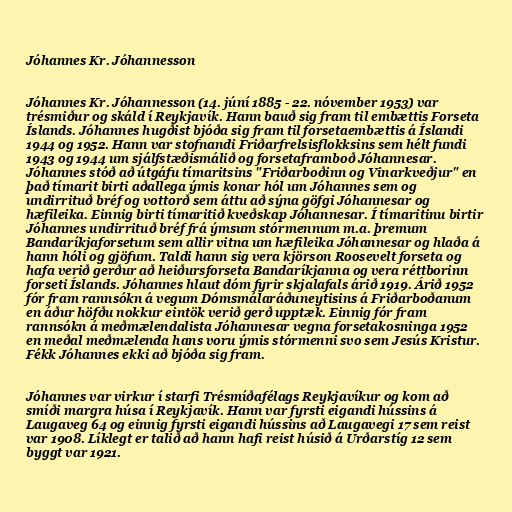
Jóhannes Kr. Jóhannesson

Jóhannes Kr. Jóhannesson (14. júní 1885 - 22. nóvember 1953) var
trésmiður og skáld í Reykjavík. Hann bauð sig fram til embættis Forseta
Íslands. Jóhannes hugðist bjóða sig fram til forsetaembættis á Íslandi
1944 og 1952. Hann var stofnandi Friðarfrelsisflokksins sem hélt fundi
1943 og 1944 um sjálfstæðismálið og forsetaframboð Jóhannesar.
Jóhannes stóð að útgáfu tímaritsins "Friðarboðinn og Vinarkveðjur" en
það tímarit birti aðallega ýmis konar hól um Jóhannes sem og
undirrituð bréf og vottorð sem áttu að sýna göfgi Jóhannesar og
hæfileika. Einnig birti tímaritið kveðskap Jóhannesar. Í tímaritinu birtir
Jóhannes undirrituð bréf frá ýmsum stórmennum m.a. þremum
Bandaríkjaforsetum sem allir vitna um hæfileika Jóhannesar og hlaða á
hann hóli og gjöfum. Taldi hann sig vera kjörson Roosevelt forseta og
hafa verið gerður að heiðursforseta Bandaríkjanna og vera réttborinn
forseti Íslands. Jóhannes hlaut dóm fyrir skjalafals árið 1919. Árið 1952
fór fram rannsókn á vegum Dómsmálaráðuneytisins á Friðarboðanum
en áður höfðu nokkur eintök verið gerð upptæk. Einnig fór fram
rannsókn á meðmælendalista Jóhannesar vegna forsetakosninga 1952
en meðal meðmælenda hans voru ýmis stórmenni svo sem Jesús Kristur.
Fékk Jóhannes ekki að bjóða sig fram.

Jóhannes var virkur í starfi Trésmíðafélags Reykjavíkur og kom að
smíði margra húsa í Reykjavík. Hann var fyrsti eigandi hússins á
Laugaveg 64 og einnig fyrsti eigandi hússins að Laugavegi 17 sem reist
var 1908. Líklegt er talið að hann hafi reist húsið á Urðarstíg 12 sem
byggt var 1921.